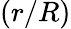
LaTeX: (r/R)